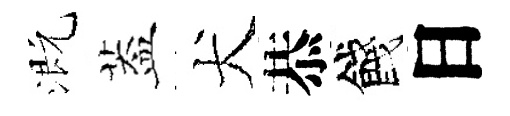
溉葢犬恭餞日